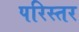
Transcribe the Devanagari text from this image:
परिस्तर